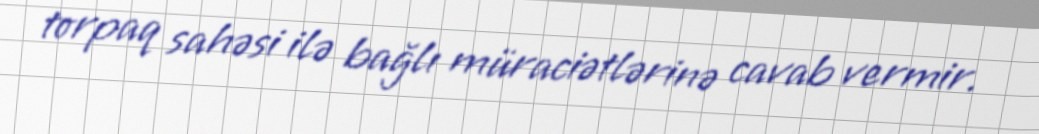
torpaq sahəsi ilə bağlı müraciətlərinə cavab vermir.